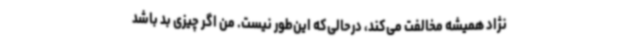
نژاد همیشه مخالفت می‌کند، درحالی‌که این‌طور نیست. من اگر چیزی بد باشد